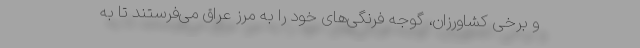
و برخی کشاورزان، گوجه فرنگی‌های خود را به مرز عراق می‌فرستند تا به